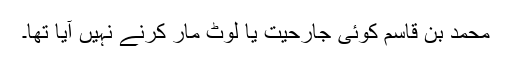
محمد بن قاسم کوئی جارحیت یا لوٹ مار کرنے نہیں آیا تھا۔